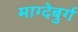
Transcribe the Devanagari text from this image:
माग्देबुर्ग